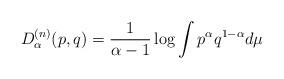
LaTeX: \begin{align*}D^{(n)}_\alpha(p, q) = \frac{1}{\alpha-1} \log \int p^{\alpha} q^{1 - \alpha} d\mu \end{align*}